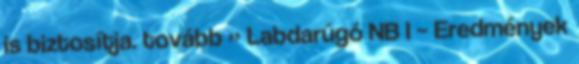
is biztosítja. tovább » Labdarúgó NB I – Eredmények